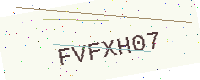
Text: FVFXH07